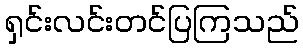
ရှင်းလင်းတင်ပြကြသည်